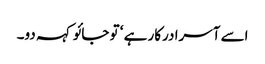
اسے آسرا درکار ہے ‘ تو جائو کہہ دو۔